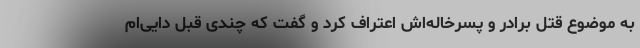
به موضوع قتل برادر و پسرخاله‌اش اعتراف کرد و گفت که چندی قبل دایی‌ام